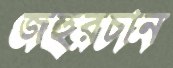
জহুরচান